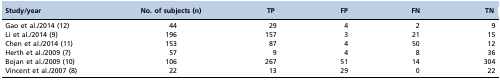
<table><thead><tr><td><b>Study/year</b></td><td><b>No. of subjects (n)</b></td><td><b>TP</b></td><td><b>FP</b></td><td><b>FN</b></td><td><b>TN</b></td></tr></thead><tbody><tr><td>Gao et al./2014 12</td><td>44</td><td>29</td><td>4</td><td>2</td><td>9</td></tr><tr><td>Li et al./2014 9</td><td>196</td><td>157</td><td>3</td><td>21</td><td>15</td></tr><tr><td>Chen et al./2014 11</td><td>153</td><td>87</td><td>4</td><td>50</td><td>12</td></tr><tr><td>Herth et al./2009 7</td><td>57</td><td>9</td><td>4</td><td>8</td><td>36</td></tr><tr><td>Bojan et al./2009 10</td><td>106</td><td>267</td><td>51</td><td>14</td><td>304</td></tr><tr><td>Vincent et al./2007 8</td><td>22</td><td>13</td><td>29</td><td>0</td><td>22</td></tr></tbody></table>